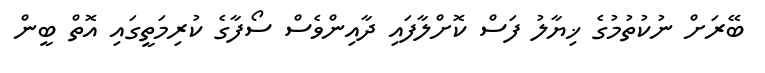
ބޭރަށް ނުކުތުމުގެ ޚިޔާލު ފަސް ކޮށްލާފައި ދާއިންވެސް ސޯފާގެ ކުރިމަތީގައި އޮތް ބީން